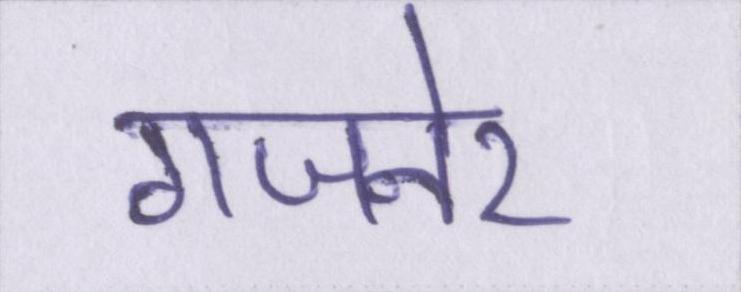
गजनेर